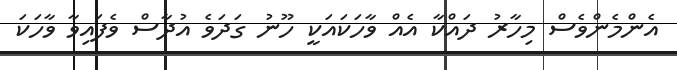
އެންމެންވެސް މިހާރު ދައްކާ އެއް ވާހަކައަކީ ހޫނު ގަދަވެ އުދާސް ވެފައިވާ ވާހަކަ